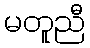
မတူညီ